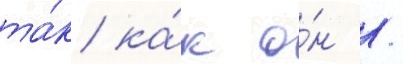
та́к ка́к о́н /